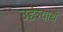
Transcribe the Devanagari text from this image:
उद्देश्यार्थ